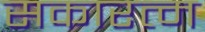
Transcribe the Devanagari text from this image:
सकारत्म